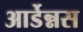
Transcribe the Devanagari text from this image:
आर्डेन्नस